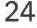
24